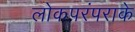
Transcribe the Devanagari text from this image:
लोकपरंपराके